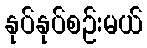
နုပ်နုပ်စဉ်းမယ်